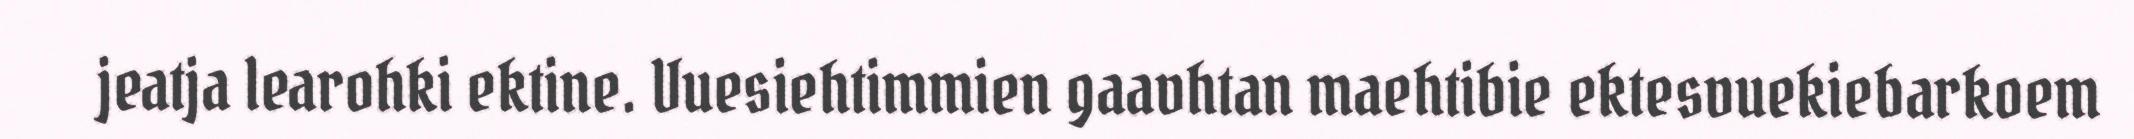
jeatja learohki ektine. Vuesiehtimmien gaavhtan maehtibie ektesvuekiebarkoem